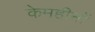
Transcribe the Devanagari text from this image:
केमहीनों